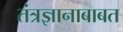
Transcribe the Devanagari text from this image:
तंत्रज्ञानाबाबत